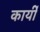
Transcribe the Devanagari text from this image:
कार्यी